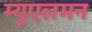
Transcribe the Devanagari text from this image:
म्युएलमन